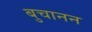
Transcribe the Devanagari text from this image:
बुचानन